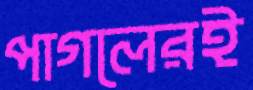
পাগলেরই